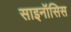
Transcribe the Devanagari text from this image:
साइनॉसिस